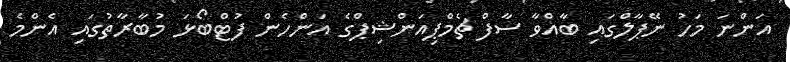
އަންނަ މަހު ނޭޕާލްގައި ބާއްވާ ސާފް ޗެމްޕިއަންޝިޕްގެ އަންހެން ފުޓްބޯޅަ މުބާރާތުގައި އެންމެ